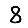
Digit: 8